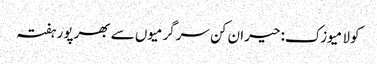
کولا میوزک: حیران کن سرگرمیوں سے بھرپور ہفتہ